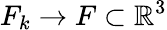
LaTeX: F_{k}\to F\subset\mathbb{R}^{3}